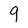
Character: 9